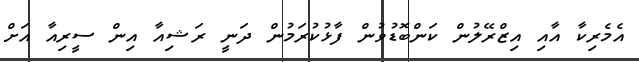
އެމެރިކާ އާއި އިޒްރޭލުން ކަންބޮޑުވުން ފާޅުކުރަމުން ދަނީ ރަޝިއާ އިން ސީރިއާ އަށް